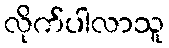
လိုက်ပါလာသူ